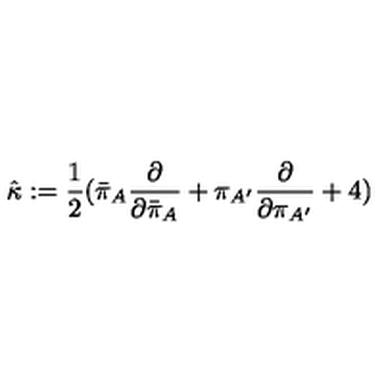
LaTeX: { \hat { \kappa } } : = { \frac { 1 } { 2 } } { ( { \bar { \pi } } _ { A } { \frac { \partial } { \partial { \bar { \pi } } _ { A } } } + \pi _ { A ^ { \prime } } { \frac { \partial } { \partial \pi _ { A ^ { \prime } } } } + 4 ) }